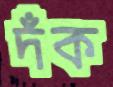
দঁক